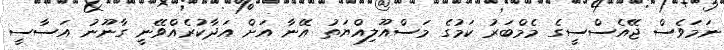
ނަމަވެސް ޖޭއެސްސީގެ މެމްބަރު ކަމުގެ މަސްއޫލިއްޔަތު އޭނާ އަށް އަދާކުރެއްވޭނީ ގާނޫނު އަސާސީ